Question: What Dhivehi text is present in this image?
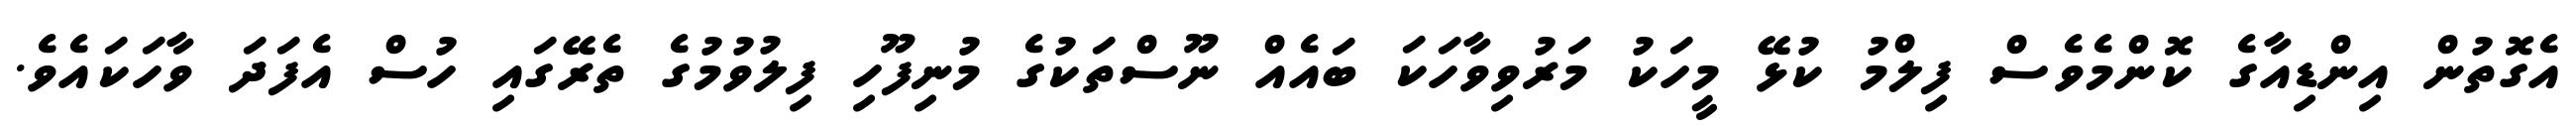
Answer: އެގޮތުން އިންޑިއާގެ ކޮންމެވެސް ފިލްމު ކުޅޭ މީހަކު މަރުވިވާހަކަ ބައެއް ނޫސްތަކުގެ މުނިފޫހި ފިލުވުމުގެ ތެރޭގައި ހުސް އެފަދަ ވާހަކައެވެ.